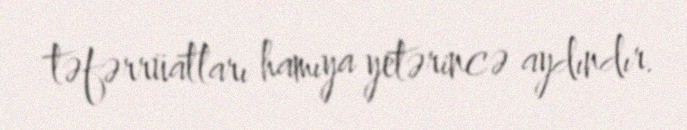
təfərrüatları hamıya yetərincə aydındır.